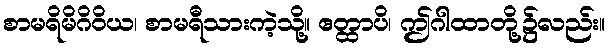
စာမရိမိဂိဝိယ၊ စာမရီသားကဲ့သို့။ ဧတ္ထာပိ၊ ဤဂါထာတို့၌လည်း။